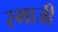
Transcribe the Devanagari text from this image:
रभाजी